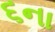
૬ના